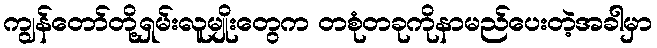
ကျွန်တော်တို့ရှမ်းလူမျိုးတွေက တစုံတခုကိုနာမည်ပေးတဲ့အခါမှာ